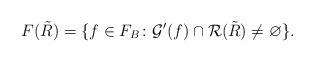
LaTeX: \begin{align*} F(\tilde R) = \{f\in F_B \colon \mathcal{G}'(f) \cap \mathcal{R}(\tilde R)\neq\varnothing\}.\end{align*}